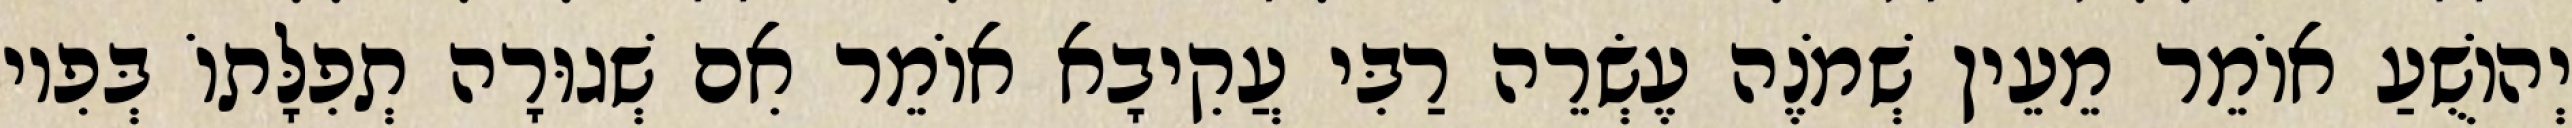
יְהוֹשֻׁעַ אוֹמֵר מֵעֵין שְׁמֹנֶה עֶשְׂרֵה רַבִּי עֲקִיבָא אוֹמֵר אִם שְׁגוּרָה תְפִלָּתוֹ בְּפִיו